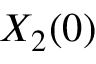
X _ { 2 } ( 0 )